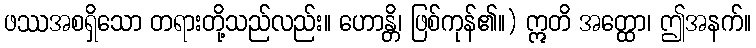
ဖဿအစရှိသော တရားတို့သည်လည်း။ ဟောန္တိ၊ ဖြစ်ကုန်၏။) ဣတိ အတ္ထော၊ ဤအနက်။